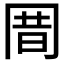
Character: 𰃩